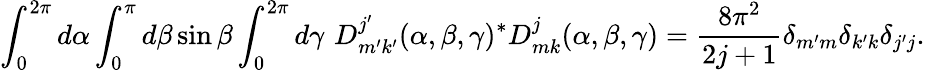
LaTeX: \int_{0}^{2\pi}d\alpha\int_{0}^{\pi}d\beta\sin\beta\int_{0}^{2\pi}d\gamma\, \, D_{m^{\prime}k^{\prime}}^{j^{\prime}}(\alpha,\beta,\gamma)^{\ast}D_{mk}^{j}(\alpha,\beta,\gamma)={\frac{8\pi^{2}}{2j+1}}\delta_{m^{\prime}m}\delta_{k^{\prime}k}\delta_{j^{\prime}j}.